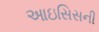
આઇસિસની